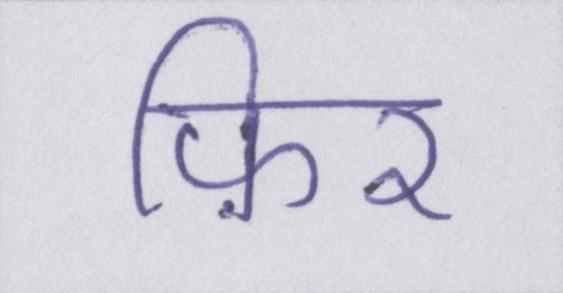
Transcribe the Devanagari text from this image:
फ़िर